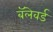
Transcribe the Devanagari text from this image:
बॅलेवर्ड